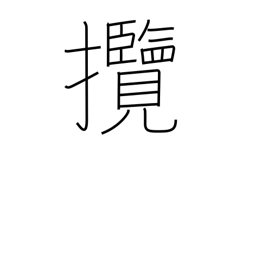
Meaning: hold (in hand)